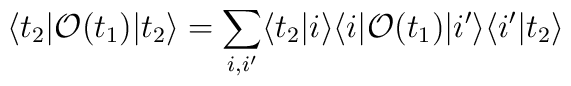
\langle t_2|{\cal O}(t_1)|t_2\rangle = \sum_{i,i'} \langle t_2|i\rangle\langle i|{\cal O}(t_1)|i'\rangle\langle i'|t_2\rangle